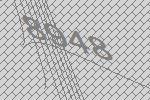
8948